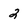
Character: 2